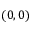
( 0 , 0 )